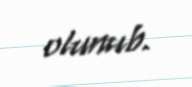
olunub.